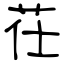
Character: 茌